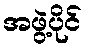
အဖွဲ့ပိုင်